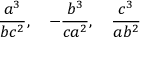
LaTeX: { \frac { a ^ { 3 } } { b c ^ { 2 } } } , \quad - { \frac { b ^ { 3 } } { c a ^ { 2 } } } , \quad { \frac { c ^ { 3 } } { a b ^ { 2 } } }